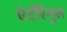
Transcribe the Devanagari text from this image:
एंटीरैगुस